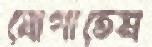
যোগাতেম